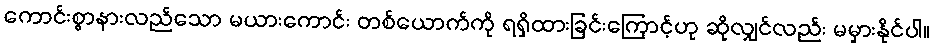
ကောင်းစွာနားလည်သော မယားကောင်း တစ်ယောက်ကို ရရှိထားခြင်းကြောင့်ဟု ဆိုလျှင်လည်း မမှားနိုင်ပါ။